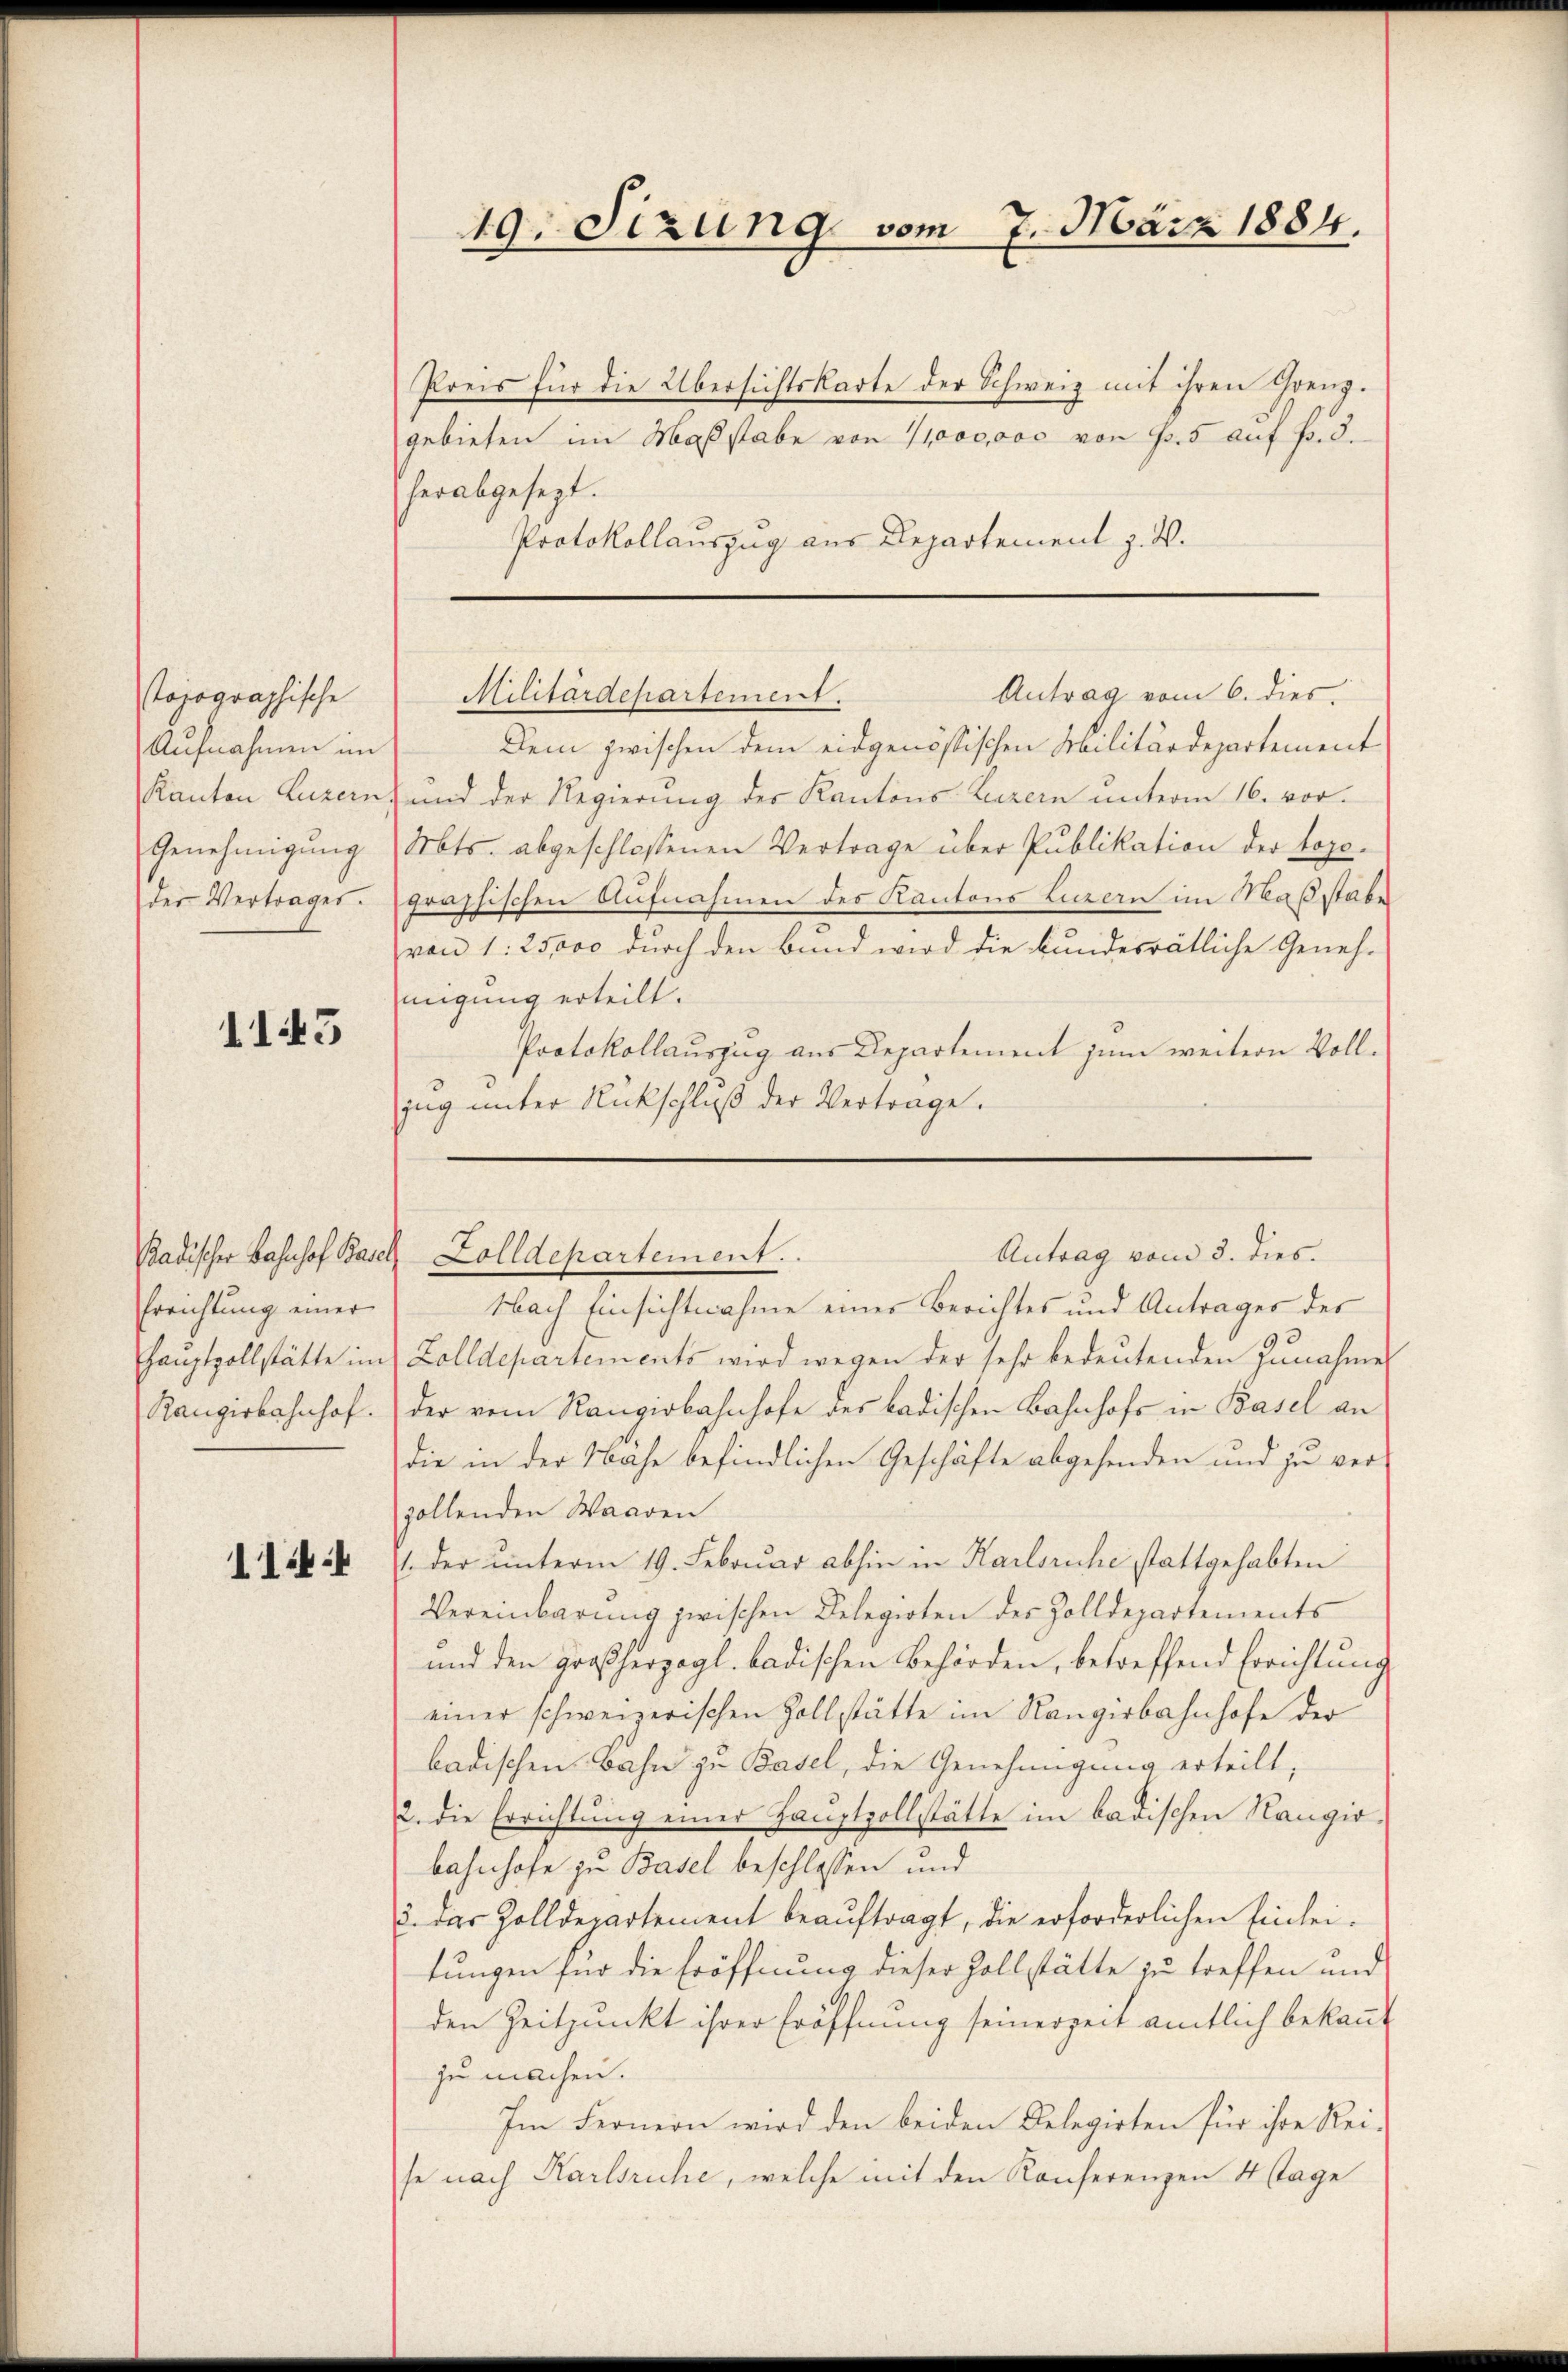
topographische
Aufnahmen im
Kanton Luzern.
Genehmigung
der Vertrages.

1143

Padischer Bahnhof Basel
Errichtung einer
Hauptvollstätte im
Rangirhahnhof.

114:

Preis für die Übersichtskarte der Schweiz mit ihren Grenzgebieten im Maßstabe von 1000000 von Fr. 5 auf Fr. 3.
herabgesezt.
Protokollauszug aus Departement z. B.

49. Sizung vom 7. März 1884.

Antrag vom 6. dies
Militärdepartement.

Antrag vom 3. dies.
Zolldepartement.

Dem zwischen dem eidgenössischen Militärdepartement
und der Regierung des Kantons Luzern unterm 16. vor.
Mts. abgeschlossenen Vertrage über Publikation der topofraphischen Aufnahmen des Kantons Luzern im Maßstabe
von 1. 25000 durch den Bund wird die bundesrätliche Geneh-
migung erteilt.
Protokollauszug aus Departement zum weitern Vollzug unter Rückschlŭβ der Vertrage.

Nach Einsichtnahme eines Berichtes und Antrages des
Zolldepartements wird wegen der sehr bedeutenden Zunahme
der vom Rangiobahnhofe des badischen Bahnhofs in Basel an
die in der Nahe befindlichen Geschäfte abgehenden und zu ver-
zollenden Waaren
1. der unterm 19. Februar abhin in Karlsruhe stattgehabten
Vereinbarung zwischen Delegioten des Zolldepartements
und den großherzogl. badischen Behörden, betreffend Errichtung
einer schweizerischen Zollstätte im Rangirbahnhofe der
badischen Bahn zu Basel, die Genehmigung erteilt;
2. die Errichtung einer Hauptvollstätte im badischen Rangirbahnhofe zu Basel beschlossen und
3. der Zolldepartement beauftragt, die erforderlichen Einleitungen für die Eröffnung dieser Zollstätte zu treffen und
den Zeitpunkt ihrer Eröffnung seinerzeit amtlich bekannt
zu machen.
Im Fernern wird den beiden Delegirten für ihre Reise nach Karlsruhe, welche mit den Konferenzen 4 Tage